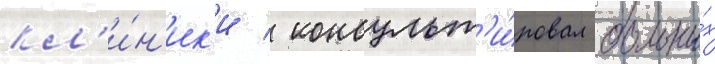
кл'и́н'ик'и / консульт'и́ровал больны́х